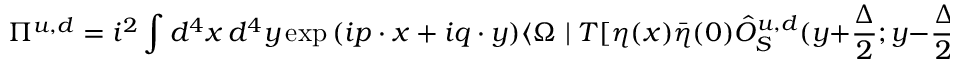
\Pi ^ { u , d } = i ^ { 2 } \int d ^ { 4 } x \, d ^ { 4 } y \exp { ( i p \cdot x + i q \cdot y ) } \langle \Omega \mid T [ \eta ( x ) { \bar { \eta } } ( 0 ) { \hat { O } } _ { S } ^ { u , d } ( y + \frac { \Delta } { 2 } ; y - \frac { \Delta } { 2 } ) ] \mid \Omega \rangle